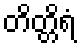
တိတ္တိရံ